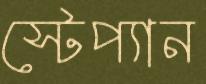
স্টেপ্যান